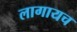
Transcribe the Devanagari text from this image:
लागायच